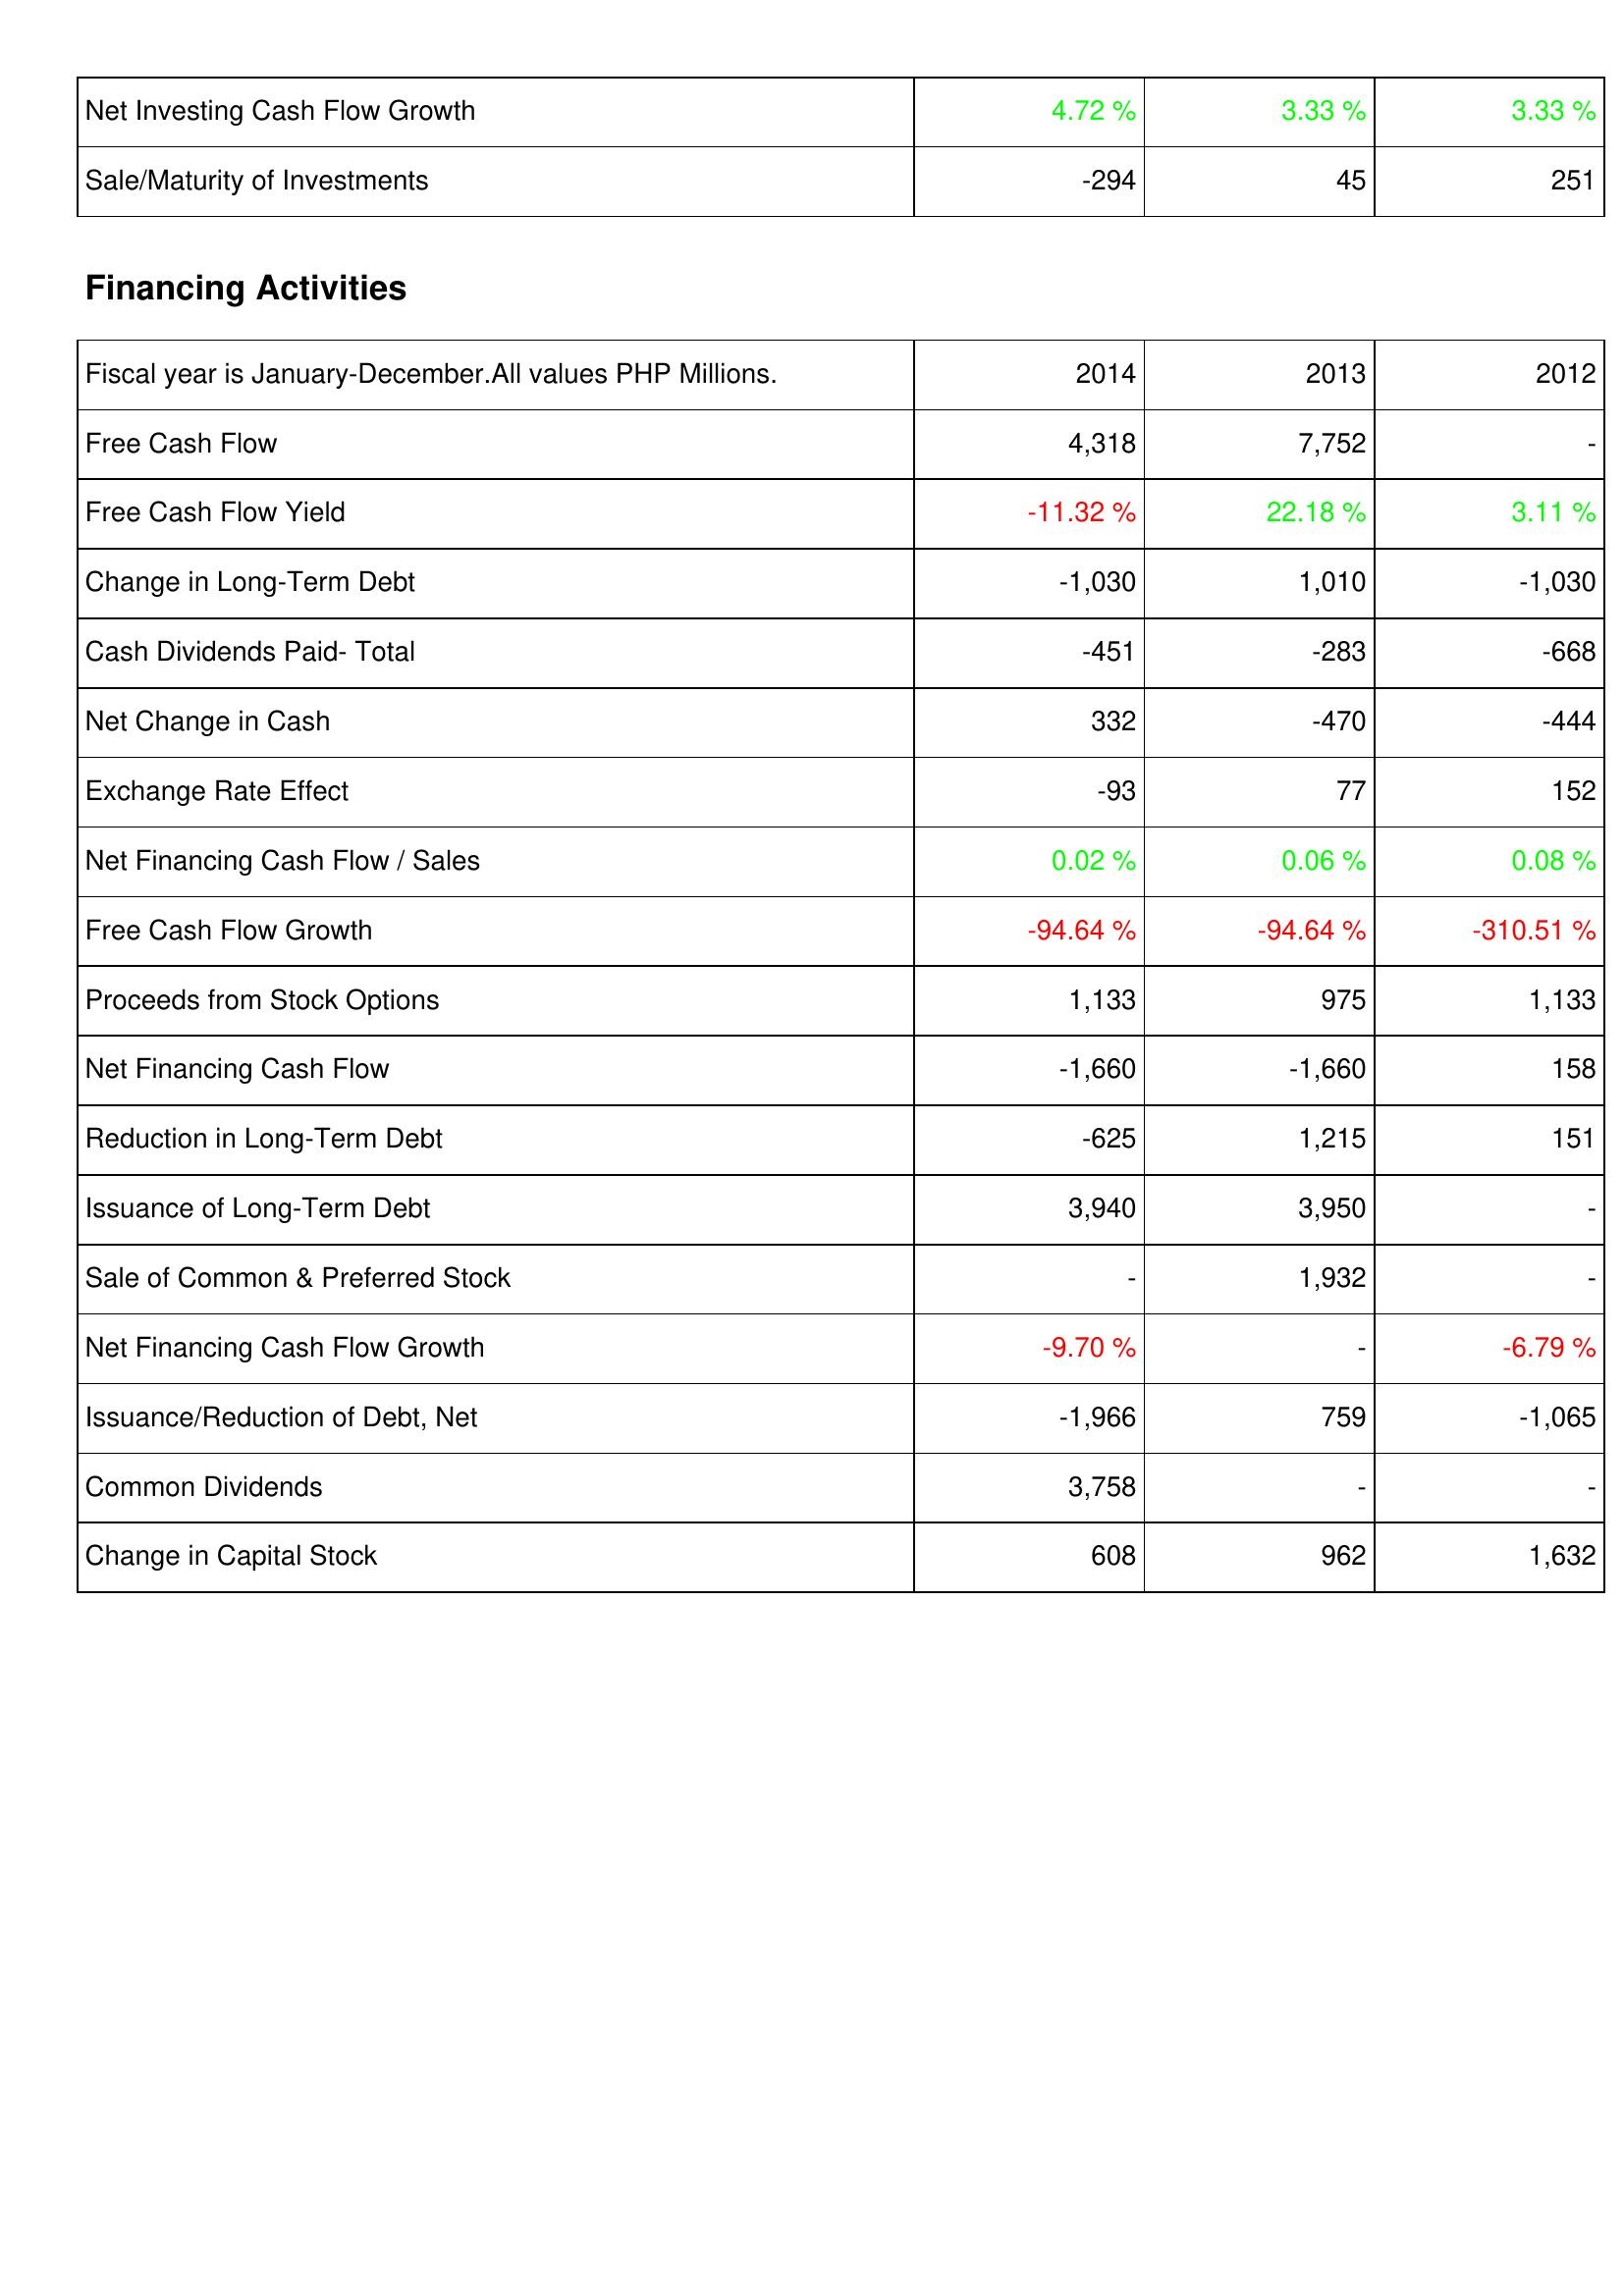
2014: Investing Activities: Net Investing Cash Flow Growth: 4.72 %
Sale/Maturity of Investments: -294
Financing Activities: Free Cash Flow: 4,318
Free Cash Flow Yield: -11.32 %
Change in Long-Term Debt: -1,030
Cash Dividends Paid- Total: -451
Net Change in Cash: 332
Exchange Rate Effect: -93
Net Financing Cash Flow / Sales: 0.02 %
Free Cash Flow Growth: -94.64 %
Proceeds from Stock Options: 1,133
Net Financing Cash Flow: -1,660
Reduction in Long-Term Debt: -625
Issuance of Long-Term Debt: 3,940
Sale of Common & Preferred Stock: -
Net Financing Cash Flow Growth: -9.70 %
Issuance/Reduction of Debt, Net: -1,966
Common Dividends: 3,758
Change in Capital Stock: 608
2013: Investing Activities: Net Investing Cash Flow Growth: 3.33 %
Sale/Maturity of Investments: 45
Financing Activities: Free Cash Flow: 7,752
Free Cash Flow Yield: 22.18 %
Change in Long-Term Debt: 1,010
Cash Dividends Paid- Total: -283
Net Change in Cash: -470
Exchange Rate Effect: 77
Net Financing Cash Flow / Sales: 0.06 %
Free Cash Flow Growth: -94.64 %
Proceeds from Stock Options: 975
Net Financing Cash Flow: -1,660
Reduction in Long-Term Debt: 1,215
Issuance of Long-Term Debt: 3,950
Sale of Common & Preferred Stock: 1,932
Net Financing Cash Flow Growth: -
Issuance/Reduction of Debt, Net: 759
Common Dividends: -
Change in Capital Stock: 962
2012: Investing Activities: Net Investing Cash Flow Growth: 3.33 %
Sale/Maturity of Investments: 251
Financing Activities: Free Cash Flow: -
Free Cash Flow Yield: 3.11 %
Change in Long-Term Debt: -1,030
Cash Dividends Paid- Total: -668
Net Change in Cash: -444
Exchange Rate Effect: 152
Net Financing Cash Flow / Sales: 0.08 %
Free Cash Flow Growth: -310.51 %
Proceeds from Stock Options: 1,133
Net Financing Cash Flow: 158
Reduction in Long-Term Debt: 151
Issuance of Long-Term Debt: -
Sale of Common & Preferred Stock: -
Net Financing Cash Flow Growth: -6.79 %
Issuance/Reduction of Debt, Net: -1,065
Common Dividends: -
Change in Capital Stock: 1,632